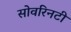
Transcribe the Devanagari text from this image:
सोवरिनटी